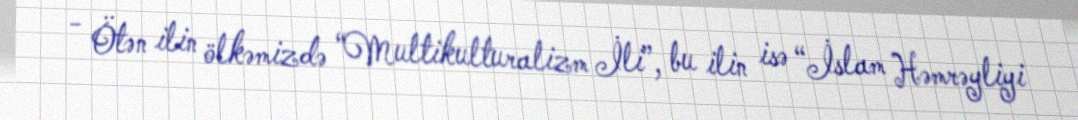
- Ötən ilin ölkəmizdə “Multikulturalizm İli”, bu ilin isə “İslam Həmrəyliyi